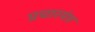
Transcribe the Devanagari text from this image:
प्रचारयंत्र